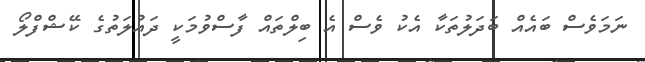
ނަމަވެސް ބައެއް ބަދަލުތަކާ އެކު ވެސް އެ ބިލްތައް ފާސްވުމަކީ ދައުލަތުގެ ކޭޝްފްލޯ